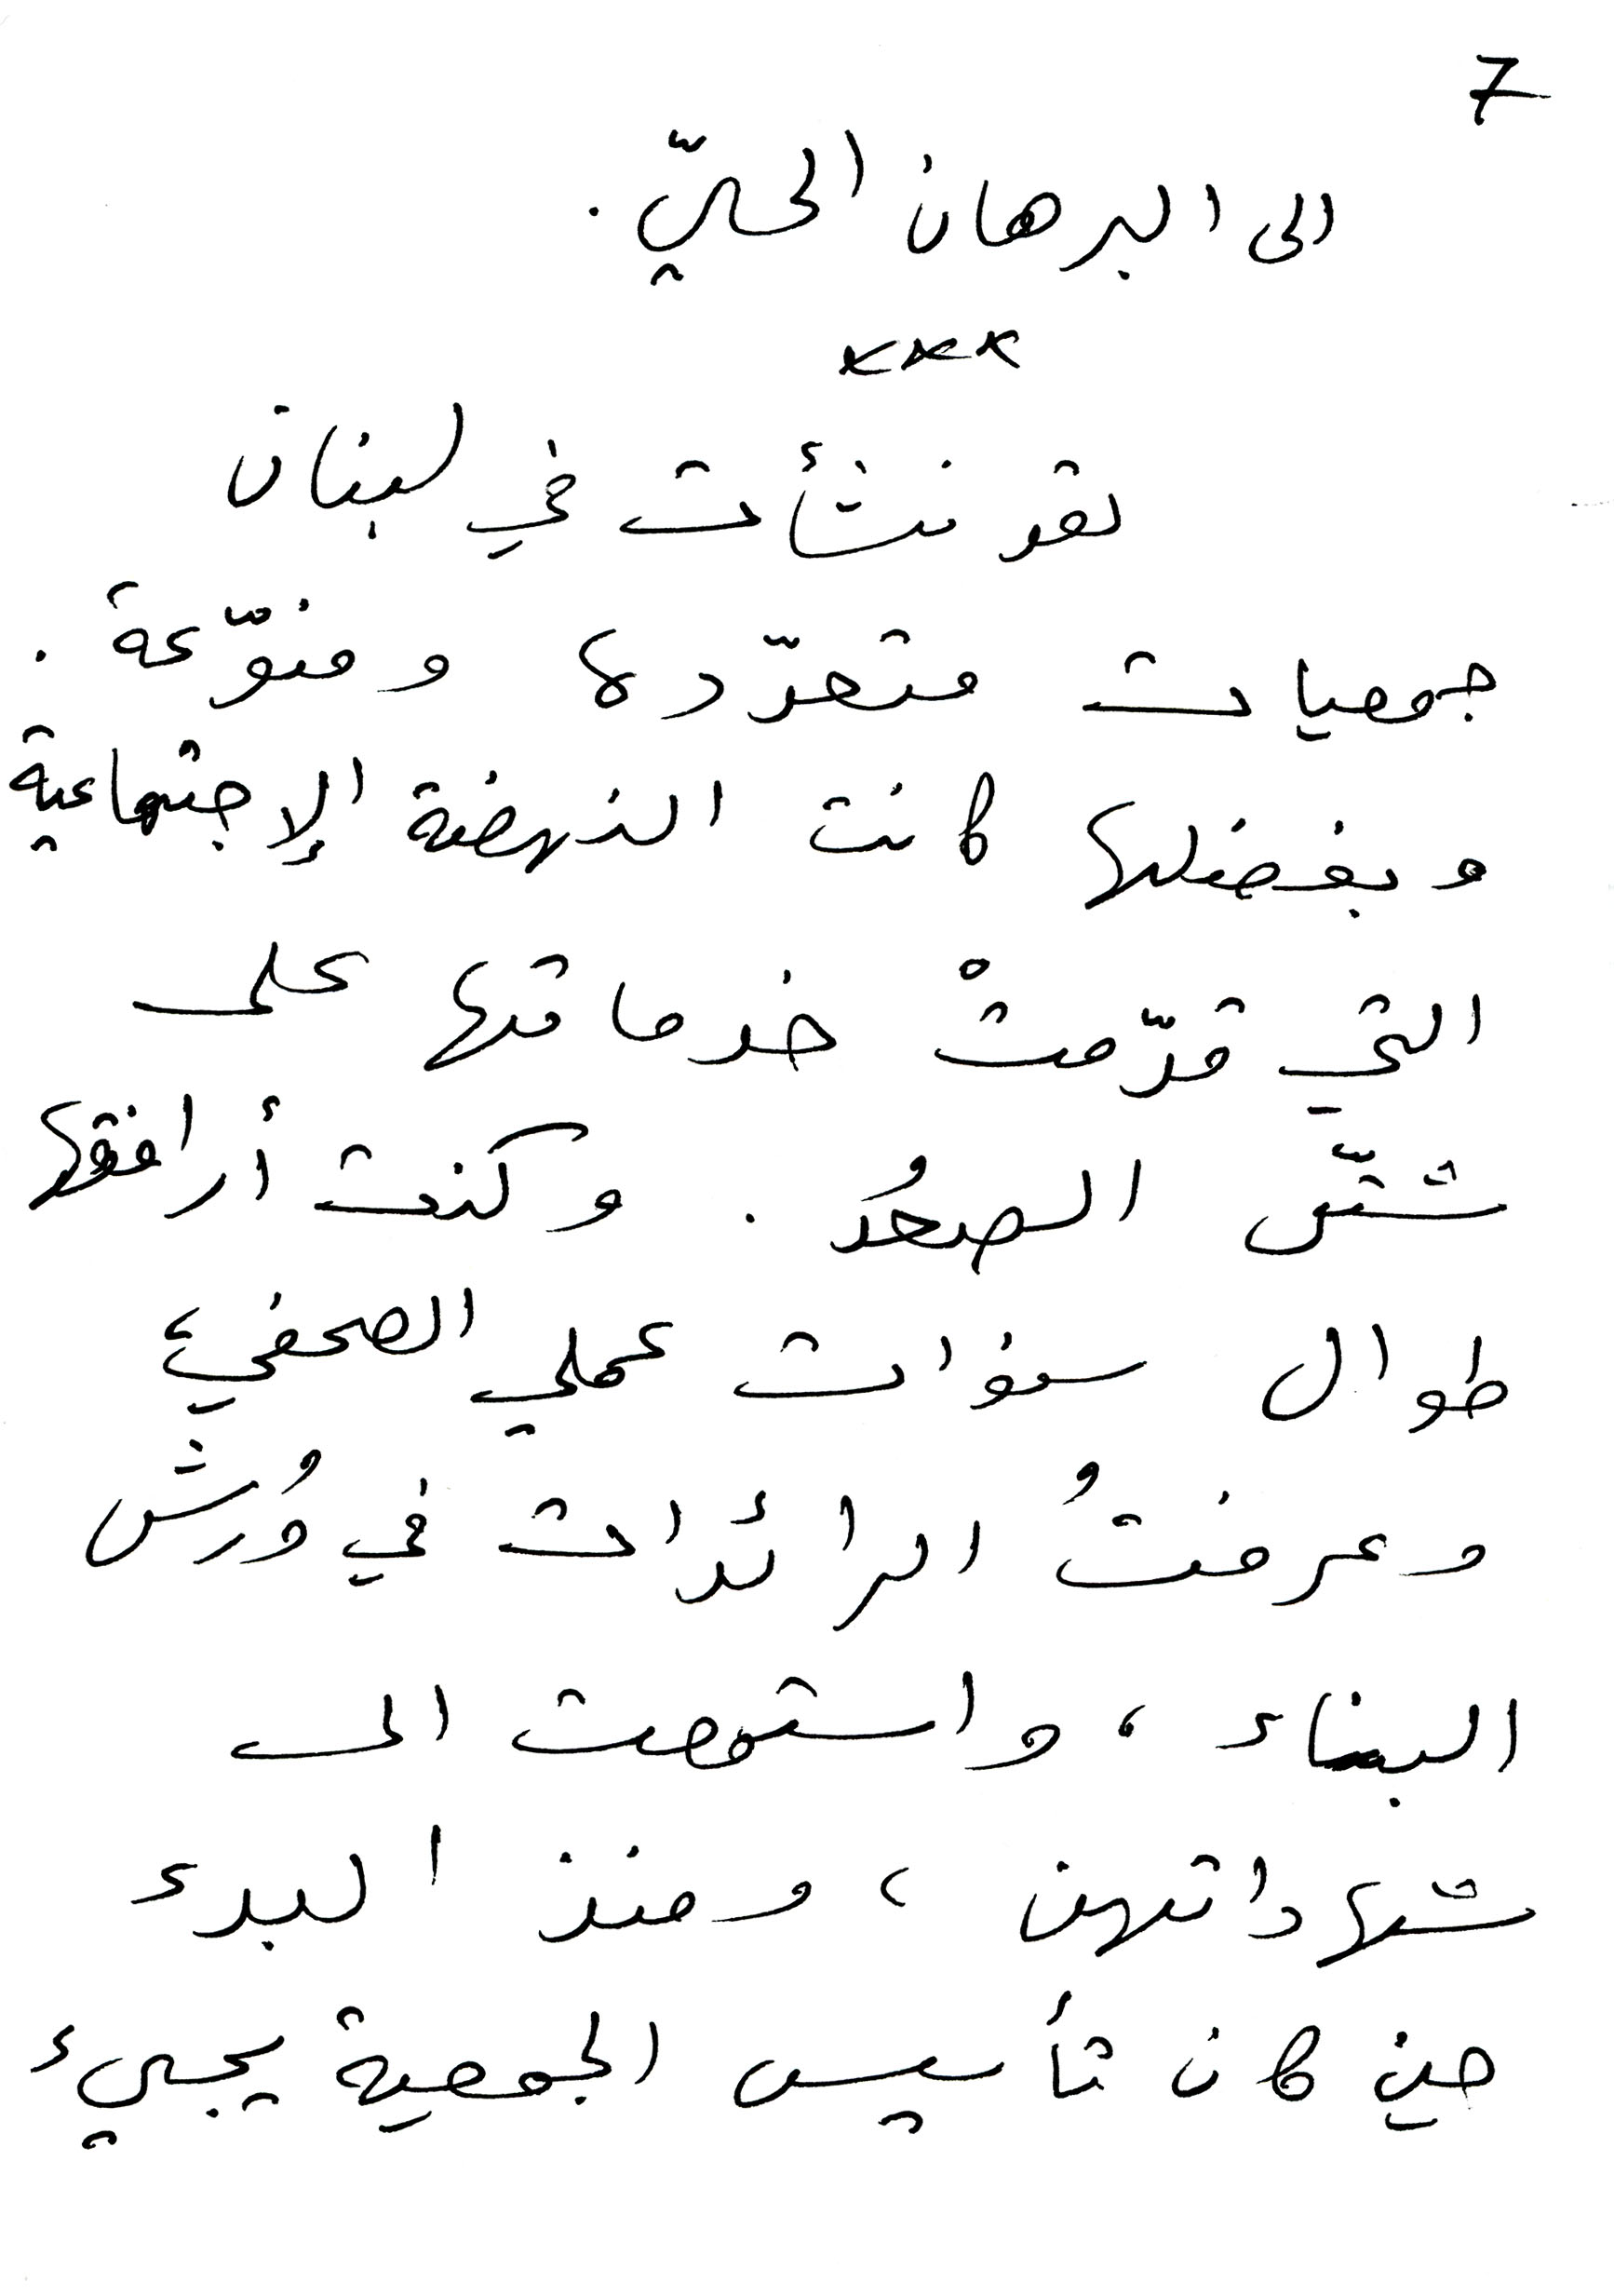
الى البرهان الحيّ
7
لقد نشأت في لبنان
جمعيات متعدّدة ومنوّعة.
وبفضلها كانت النهضة الإجتماعية
التي قدّمتْ خدماتها على
شتّى الصعُد. وكنت أرافقها
طوال سنوات عملي الصحفي،
وعرفتُ الرائدات في وُرش
البناء، واستمعت الى
شهاداتهن، ومنذ البدء
حين كان تأسيس الجمعية يجيء